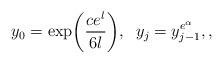
LaTeX: \begin{align*}y_0 = \exp\biggl(\frac{ce^l}{6l}\biggr), \;\; y_j = y_{j-1}^{e^{\alpha}}, , \end{align*}